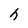
Character: h